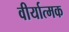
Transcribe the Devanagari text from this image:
वीर्यात्मक